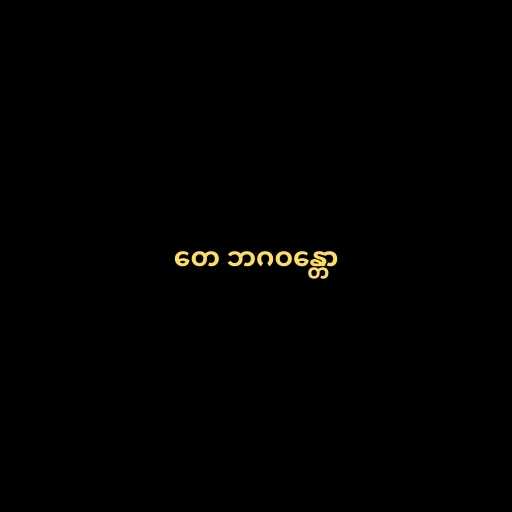
တေ ဘဂဝန္တော